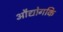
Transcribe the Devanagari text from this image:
औद्योगकि